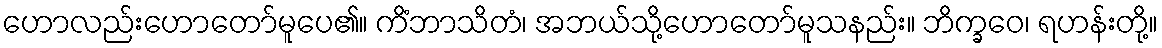
ဟောလည်းဟောတော်မူပေ၏။ ကိံဘာသိတံ၊ အဘယ်သို့ဟောတော်မူသနည်း။ ဘိက္ခဝေ၊ ရဟန်းတို့။